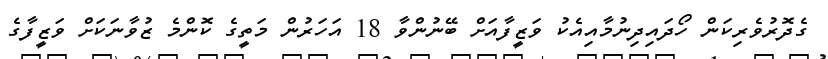
ގެދޮރުވެރިކަން ހޯދައިދިނުމާއިއެކު ވަޒީފާއަށް ބޭނުންވާ 18 އަހަރުން މަތީގެ ކޮންމެ ޒުވާނަކަށް ވަޒީފާގެ